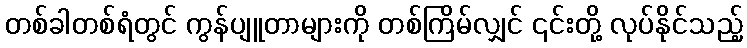
တစ်ခါတစ်ရံတွင် ကွန်ပျူတာများကို တစ်ကြိမ်လျှင် ၎င်းတို့ လုပ်နိုင်သည့်